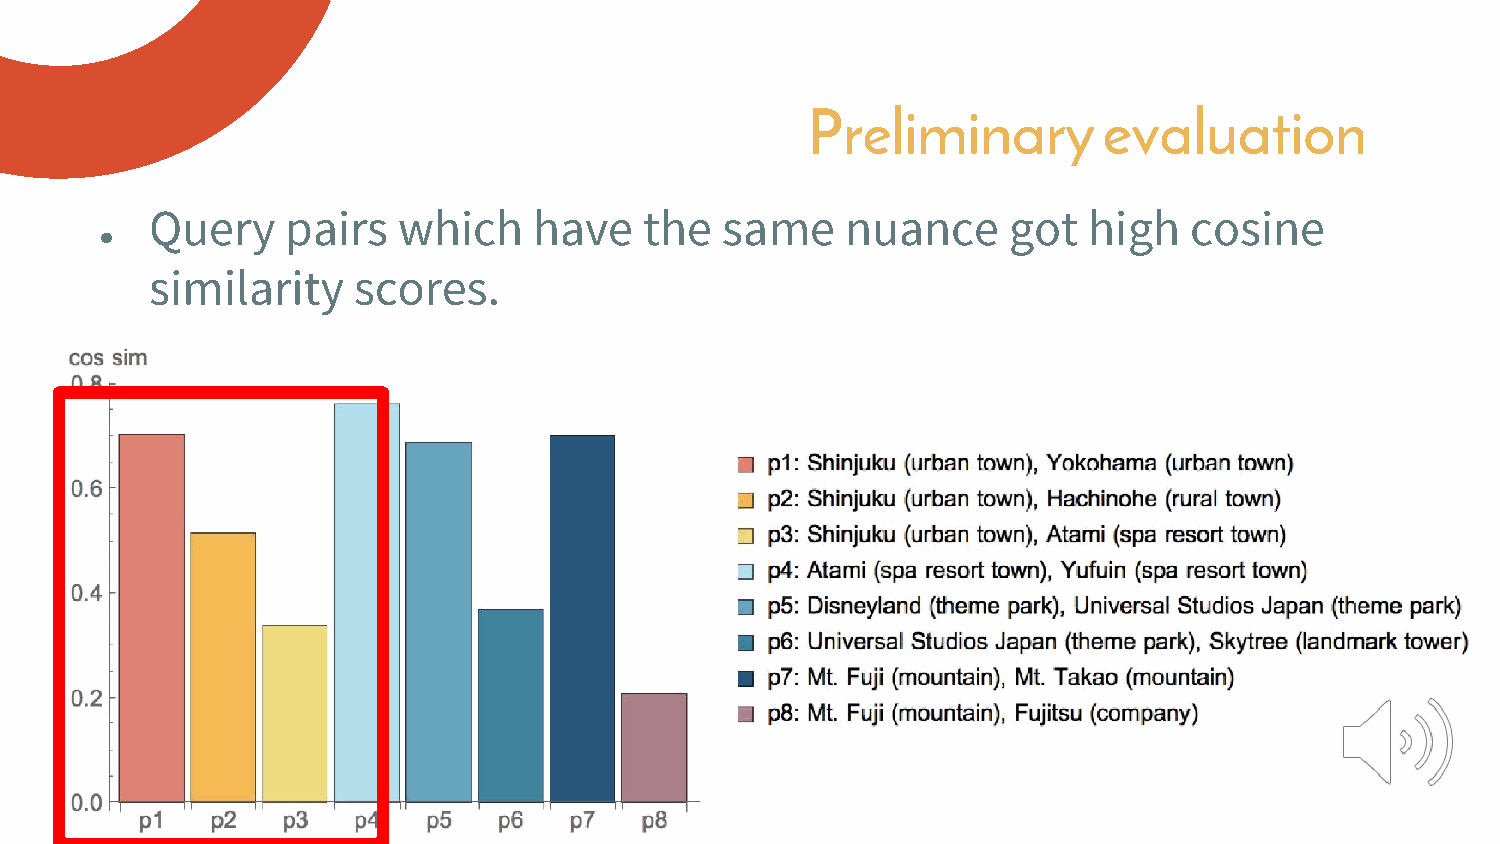
Preliminary         evaluation
 Query    pairs  which    have    the  same    nuance     got  high   cosine
 ●
 similarity   scores.